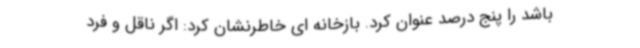
باشد را پنج درصد عنوان کرد. بازخانه ای خاطرنشان کرد: اگر ناقل و فرد